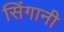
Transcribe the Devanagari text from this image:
सिंगानी